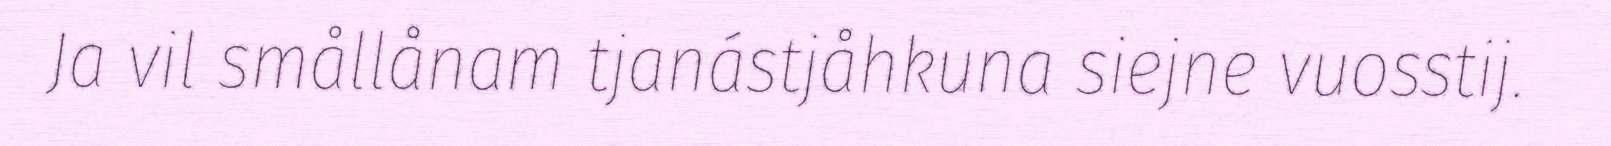
Ja vil smållånam tjanástjåhkuna siejne vuosstij.